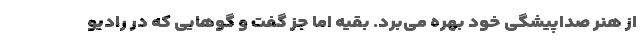
از هنر صدا‌پیشگی خود بهره می‌برد. بقیه اما جز گفت و گوهایی که در رادیو